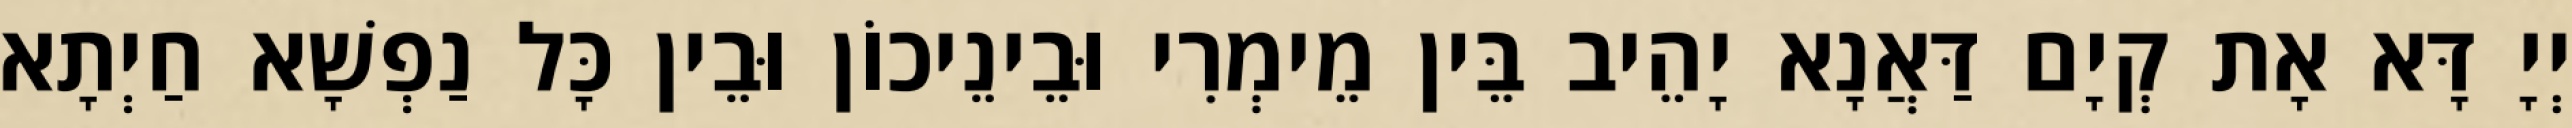
יְיָ דָּא אָת קְיָם דַּאֲנָא יָהֵיב בֵּין מֵימְרִי וּבֵינֵיכוֹן וּבֵין כָּל נַפְשָׁא חַיְתָא